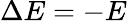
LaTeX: \Delta E=-E